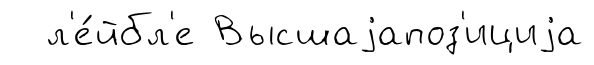
л'е́йбл'е Высшаjапоз'ициjа